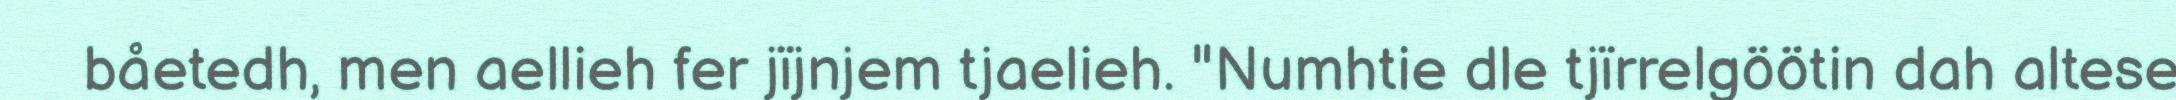
båetedh, men aellieh fer jïjnjem tjaelieh. "Numhtie dle tjïrrelgöötin dah altese